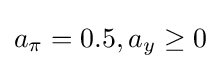
a_{\pi }=0.5,a_{y}\geq 0